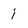
Character: i